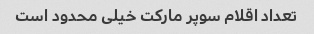
تعداد اقلام سوپر مارکت خیلی محدود است